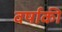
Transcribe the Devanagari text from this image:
वर्षाकी